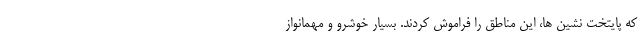
که پایتخت نشین ها، این مناطق را فراموش کردند. بسیار خوشرو و مهمانواز